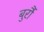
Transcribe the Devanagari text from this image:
बुर्रौ